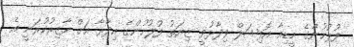
ފުލުހުންގެ މީޑިއާ އޮފިޝަލް ވިދާޅުވީ ޒިޔަތު ފުލުހުންގެ އިދާރާ އަށް ހާޒިރުކުރަނީ އެ